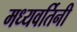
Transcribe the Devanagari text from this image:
मध्यवर्तिनी